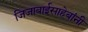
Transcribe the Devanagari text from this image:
जिजाबाईसाहेबांनी